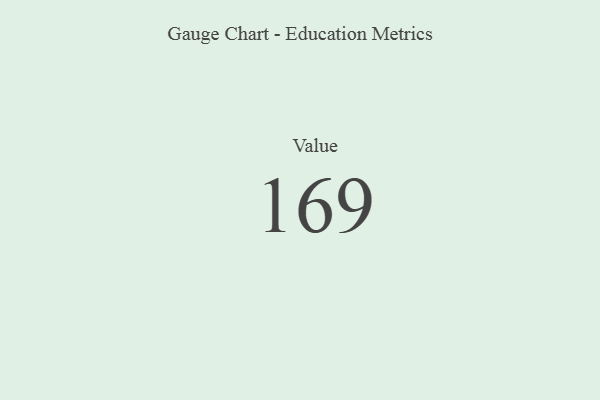
{"axis": {"x": "Metric", "y": "Value"}, "legend": [""], "data": [{"x": "Value", "y": 169, "type": ""}]}